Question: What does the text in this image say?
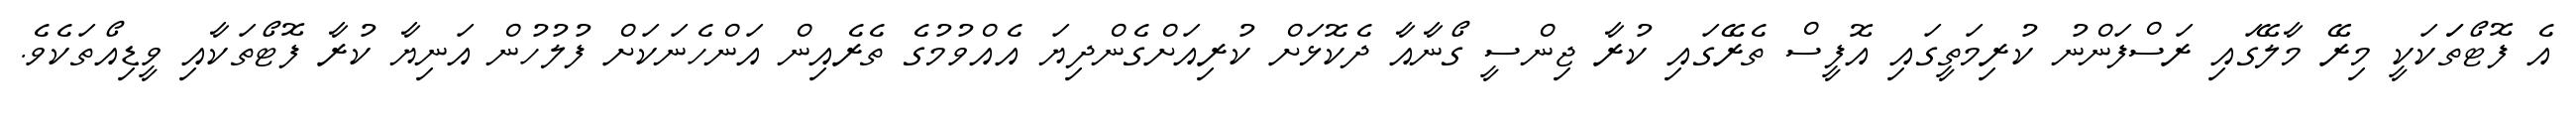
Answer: އެ ފޮޓޯތަަކަކީ މިރޭ މާލޭގައި ރަސްފަންނު ކުރިމަތީގައި އޮފީސް ތެރޭގައި ކުރާ ޖިންސީ ގޯނާއާ ދެކޮޅަށް ކުރިއަށްގެންދިޔަ އެއްވުމުގެ ތެރެއިން އަންހެނަކަށް ފުލުހުން އަނިޔާ ކުރާ ފޮޓޯތަކާއި ވީޑިއޯތަކެވެ.